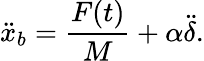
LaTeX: \ddot{x}_{b}=\frac{F(t)}{M}+\alpha\ddot{\delta}.